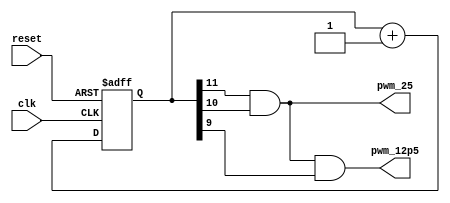
`timescale 1ns / 1ps


module pwm_gen(
		 input clk,
		 input reset,
		 output pwm_12p5,
		 output pwm_25
		 );
		 
   reg [11:0]	pwm_cnt;
   
   always @(posedge clk or posedge reset)
     if (reset)
       pwm_cnt <= 0;
     else
       pwm_cnt <= pwm_cnt + 1;

   assign pwm_12p5 = pwm_cnt[11] & pwm_cnt[10] & pwm_cnt[9];
   assign pwm_25 = pwm_cnt[11] & pwm_cnt[10];
   
endmodule